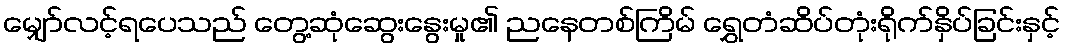
မျှော်လင့်ရပေသည် တွေ့ဆုံဆွေးနွေးမှု၏ ညနေတစ်ကြိမ် ရွှေတံဆိပ်တုံးရိုက်နှိပ်ခြင်းနှင့်